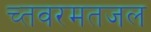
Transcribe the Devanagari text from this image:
च्तवरमतजल